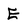
Character: E